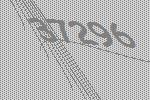
37296